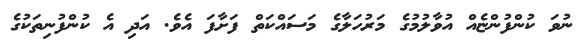
ނުވަ ކުންފުންޏެއް އުވާލުމުގެ މަރުހަލާގެ މަސައްކަތް ފަށާފަ އެވެ. އަދި އެ ކުންފުނިތަކުގެ